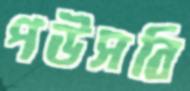
পউসবি